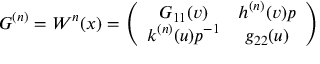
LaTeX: G ^ { ( n ) } = W ^ { n } ( x ) = \left( \begin{array} { c c } { { G _ { 1 1 } ( v ) } } & { { h ^ { ( n ) } ( v ) p } } \\ { { k ^ { ( n ) } ( u ) p ^ { - 1 } } } & { { g _ { 2 2 } ( u ) } } \end{array} \right)